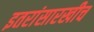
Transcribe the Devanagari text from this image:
इतरांसारखीच